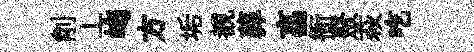
削丄峋方垢覩葬亯衙聚萩吃